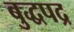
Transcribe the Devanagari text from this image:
बुद्धपद्र